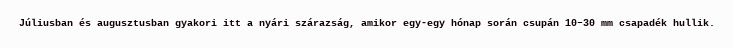
Júliusban és augusztusban gyakori itt a nyári szárazság, amikor egy-egy hónap során csupán 10–30 mm csapadék hullik.